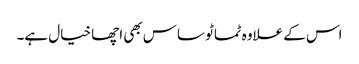
اس کے علاوہ ٹماٹو ساس بھی اچھا خیال ہے۔